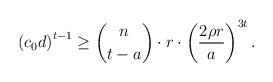
LaTeX: \begin{align*}\left(c_0d\right)^{t-1}\geq \binom{n}{t-a}\cdot r\cdot \left(\frac{2\rho r}{a}\right)^{3t}.\end{align*}